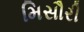
મિસૌરી